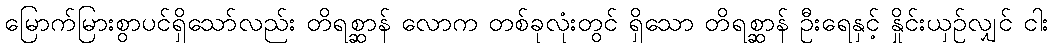
မြောက်မြားစွာပင်ရှိသော်လည်း တိရစ္ဆာန် လောက တစ်ခုလုံးတွင် ရှိသော တိရစ္ဆာန် ဦးရေနှင့် နှိုင်းယှဉ်လျှင် ငါး